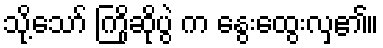
သို့သော် ကြိုဆိုပွဲ က နွေးထွေးလှ၏။